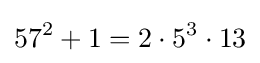
57^{2}+1=2\cdot 5^{3}\cdot 13